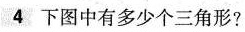
4 下图中有多少个三角形?